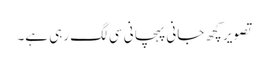
تصویر کچھ جانی پہچانی سی لگ رہی ہے۔